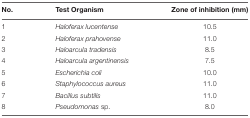
<table><thead><tr><td><b>No.</b></td><td><b>Test Organism</b></td><td><b>Zone of inhibition (mm)</b></td></tr></thead><tbody><tr><td>1</td><td><i>Haloferax lucentense</i></td><td>10.5</td></tr><tr><td>2</td><td><i>Haloferax prahovense</i></td><td>11.0</td></tr><tr><td>3</td><td><i>Haloarcula tradensis</i></td><td>8.5</td></tr><tr><td>4</td><td><i>Haloarcula argentinensis</i></td><td>7.5</td></tr><tr><td>5</td><td><i>Escherichia coli</i></td><td>10.0</td></tr><tr><td>6</td><td><i>Staphylococcus aureus</i></td><td>11.0</td></tr><tr><td>7</td><td><i>Bacillus subtilis</i></td><td>11.0</td></tr><tr><td>8</td><td><i>Pseudomonas</i> sp.</td><td>8.0</td></tr></tbody></table>